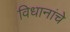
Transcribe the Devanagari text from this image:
विधानांचे